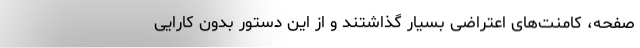
صفحه، کامنت‌های اعتراضی بسیار گذاشتند و از این دستور بدون کارایی